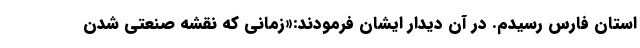
استان فارس رسیدم. در آن دیدار ایشان فرمودند:«زمانی که نقشه صنعتی شدن